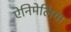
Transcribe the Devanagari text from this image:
ऐनिमेलिया